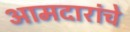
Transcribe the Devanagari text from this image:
आमदारांचे